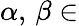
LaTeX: \alpha,\, \beta\in